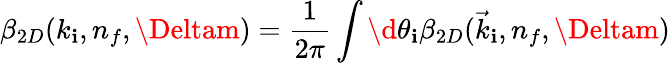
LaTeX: \beta_{2D}(k_{\mathbf{i}},n_{f},\Deltam)=\frac{{1}}{{2\pi}}\int\d{\theta}_{\mathbf{i}}\beta_{2D}(\vec{{k}}_{\mathbf{i}},n_{f},\Deltam)